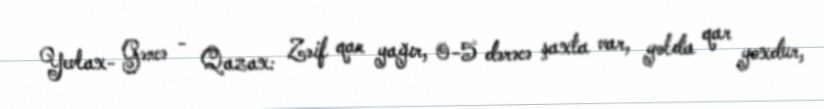
Yevlax- Gəncə - Qazax: Zəif qar yağır, 0-5 dərəcə şaxta var, yolda qar yoxdur,